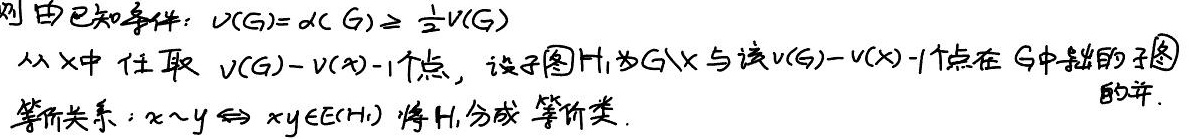
由已知条件：\(\nu(G)=\delta(G)\geq \frac{1}{2}v(G)\)。从 \(X\) 中任取 \(\nu(G)-\nu(X)-1\) 个点，设子图 \(H_1\) 为 \(G\setminus X\) 与该 \(\nu(G)-\nu(X)-1\) 个点在 \(G\) 中张的子图的并。等价关系：\(x\sim y\Leftrightarrow xy\in E(H_1)\)，将 \(H_1\) 分成等价类。